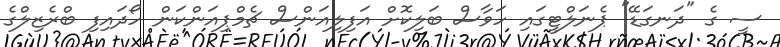
ސީ ގެ "ދަނގަޑޭ" ޕެނަލްޓީގައި ހަވާސް ބަލިކޮށް އަފިލިއަންސް ޗެމްޕިއަންކަން ހޯދައިފި ބްރެޒިލްގެ